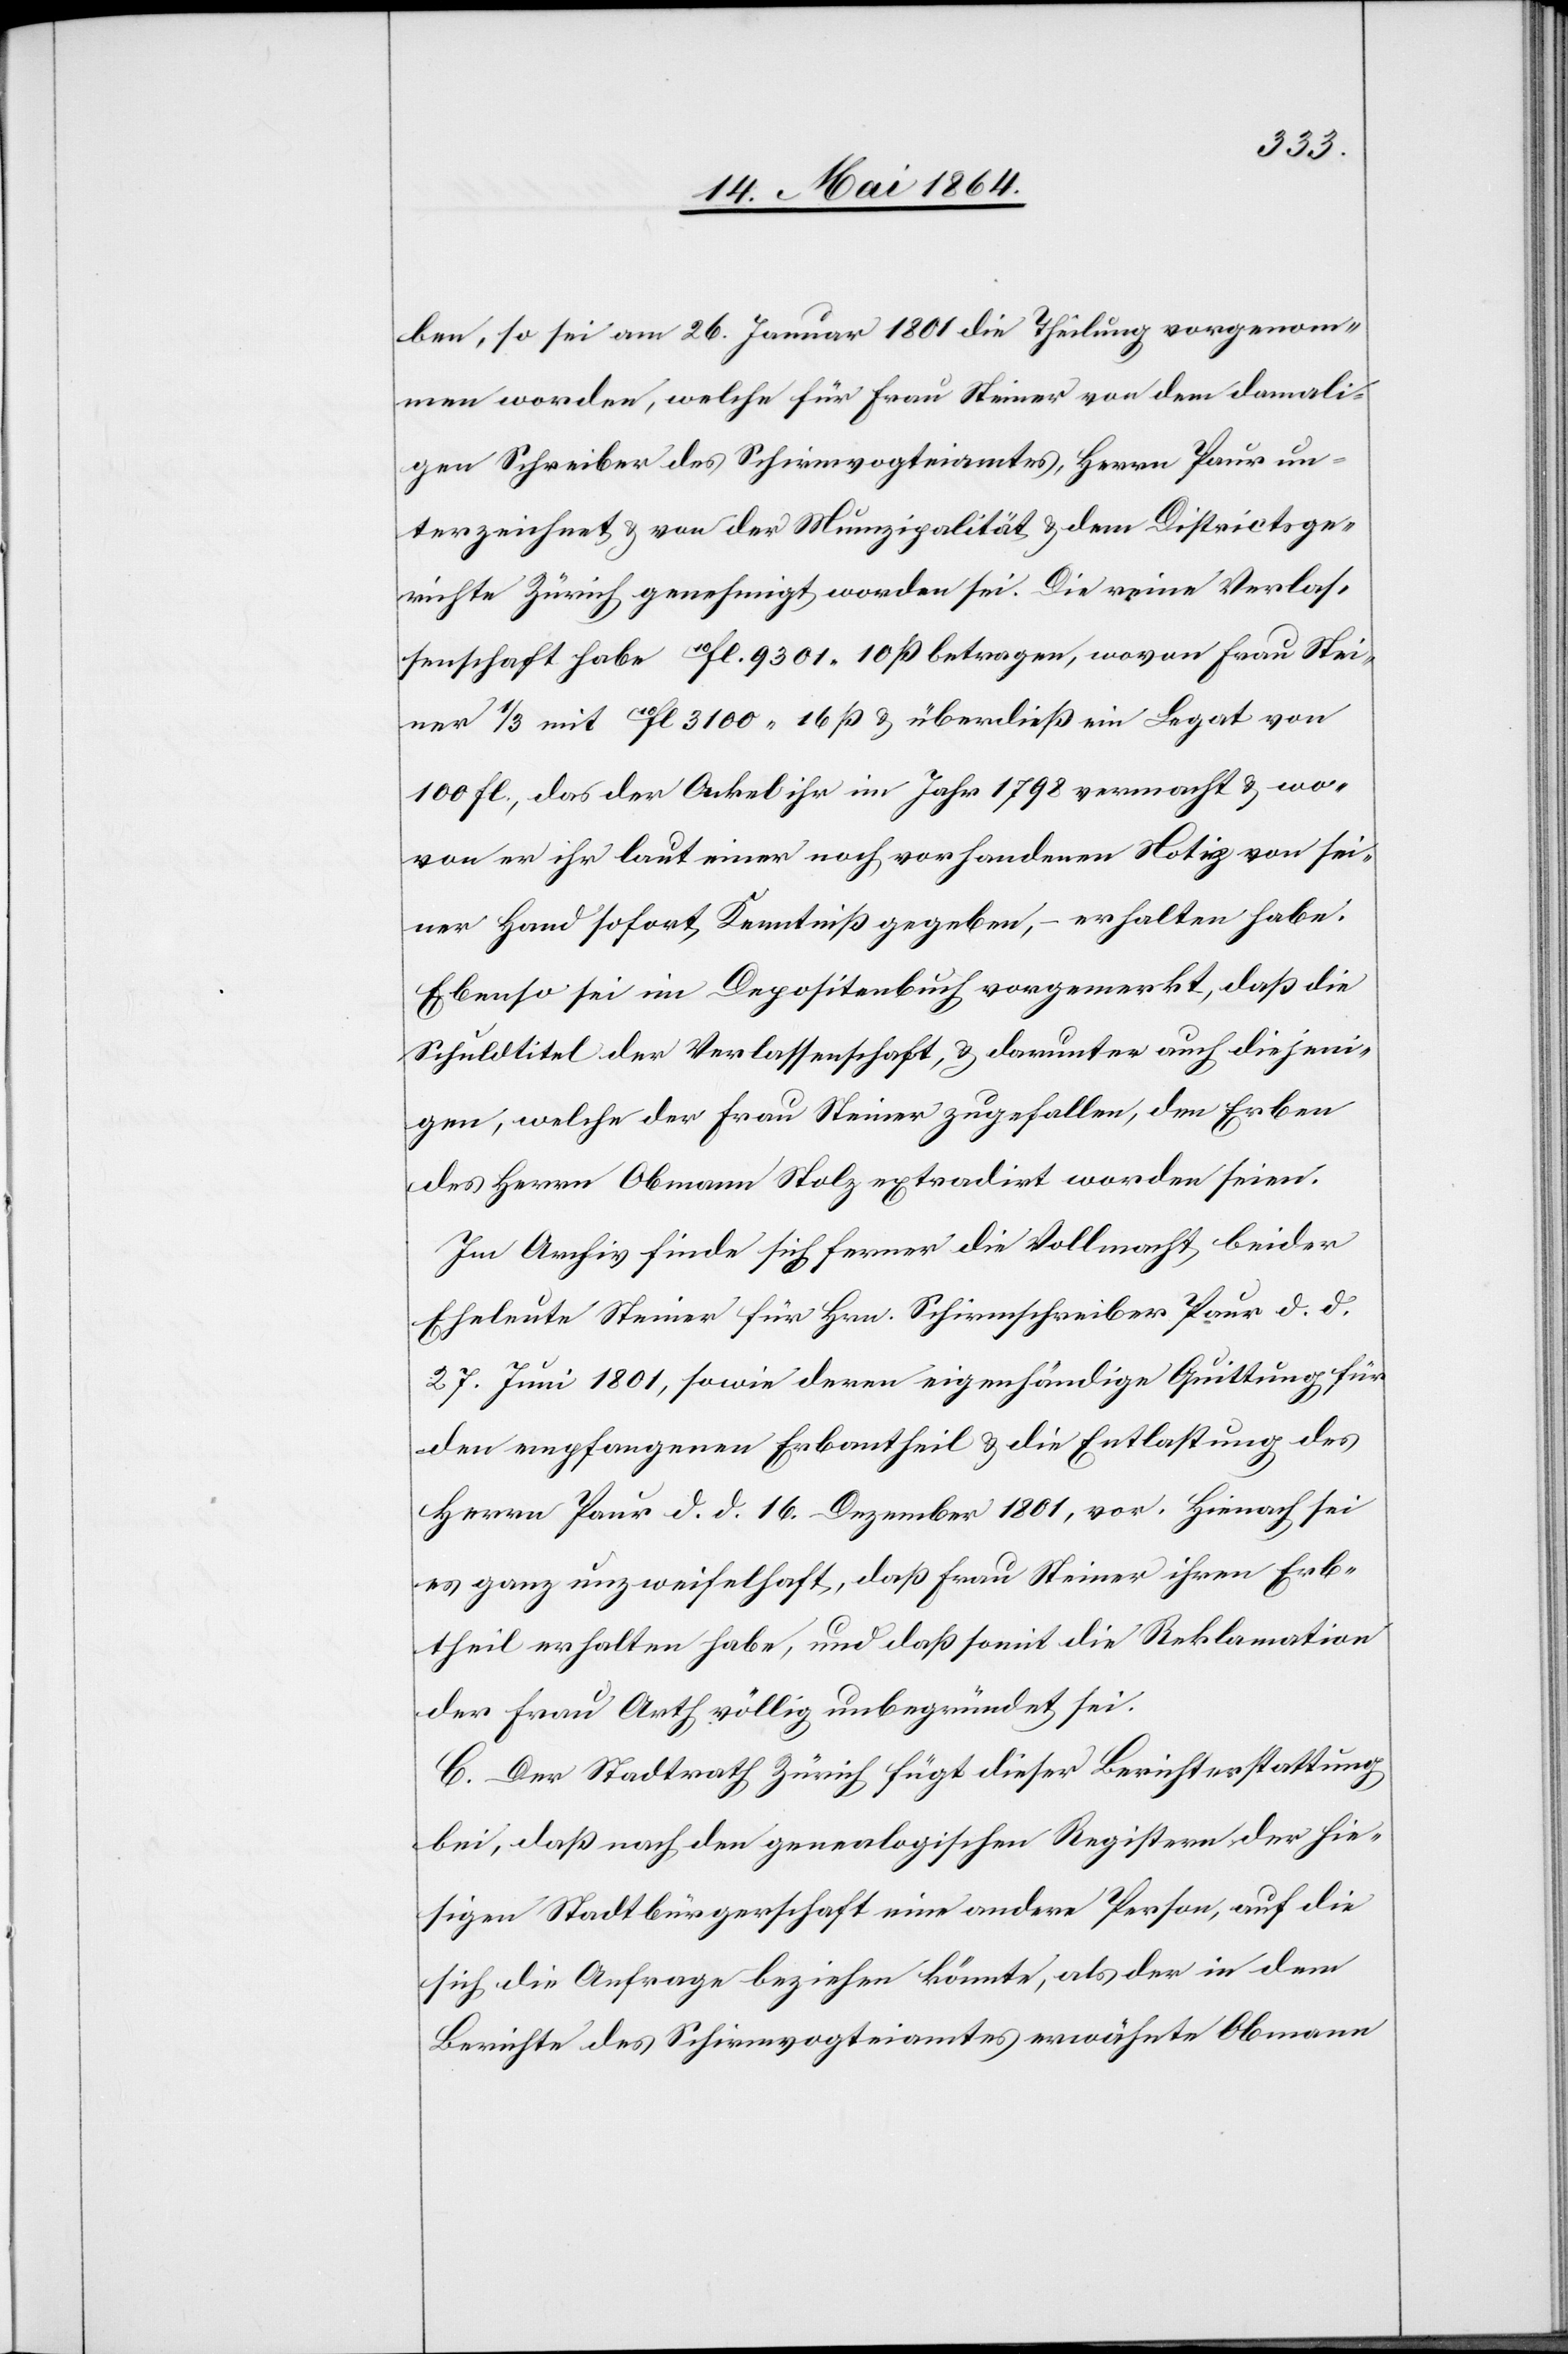
ben, so sei am 26. Januar 1801 die Theilung vorgenom¬
men worden, welche für Frau Steiner von dem damali¬
gen Schreiber des Schirmvogteiamtes, Herrn Paur un¬
terzeichnet u. von der Munizipalität u. dem Districtsge¬
richte Zürich genehmigt worden sei. Die reine Verlas¬
senschaft habe 10fl. 9301 10 ß betragen, wovon Frau Stei¬
ner 1/3 mit 10fl. 3100 16 ß u. überdieß ein Legat von
100 fl., das der Onkel ihr im Jahr 1798 vermacht u. wo¬
von er ihr laut einer noch vorhandenen Notiz von sei¬
ner Hand sofort Kenntniß gegeben, – erhalten habe.
Ebenso sei im Depositenbuch vorgemerkt, daß die
Schuldtitel der Verlassenschaft, u. darunter auch diejeni¬
gen, welche der Frau Steiner zugefallen, den Erben
des Herrn Obmann Stolz extradirt worden seien.
Im Archiv finde sich ferner die Vollmacht beider
Eheleute Steiner für Hrn. Schirmschreiber Paur d. d.
es ganz unzweifelhaft, daß Frau Steiner ihren Erb¬
theil erhalten habe, und daß somit die Reklamation
der Frau Arth völlig unbegründet sei.
C. Der Stadtrath Zürich fügt dieser Berichterstattung
bei, daß nach den genealogischen Registern der hie¬
sigen Stadtbürgerschaft eine andere Person, auf die
sich die Anfrage beziehen könnte, als der in dem
Berichte des Schirmvogteiamtes erwähnte Obmann